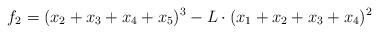
LaTeX: \begin{align*}f_2= (x_2+x_3+x_4+x_5)^3-L\cdot(x_1+x_2+x_3+x_4)^2\end{align*}